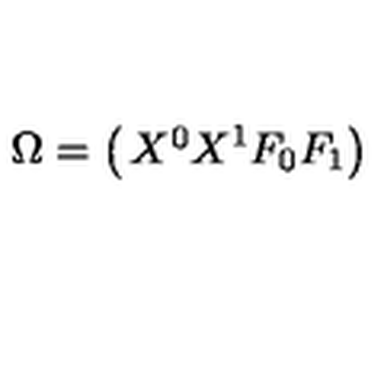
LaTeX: \Omega = \left( \begin{matrix} { X ^ { 0 } } \\ { X ^ { 1 } } \\ { F _ { 0 } } \\ { F _ { 1 } } \\ \end{matrix} \right)